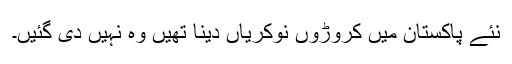
نئے پاکستان میں کروڑوں نوکریاں دینا تھیں وہ نہیں دی گئیں۔